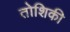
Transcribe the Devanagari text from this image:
तोशिकी